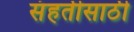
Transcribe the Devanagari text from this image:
संहतीसाठी